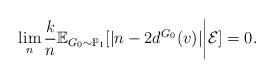
LaTeX: \begin{align*} \lim_{n} \frac{k}{n}\mathbb{E}_{G_0 \sim \mathbb{P}_1}[|n-2d^{G_0}(v) |\bigg{|} \mathcal{E}] =0. \end{align*}